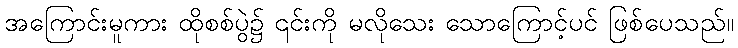
အကြောင်းမူကား ထိုစစ်ပွဲ၌ ၎င်းကို မလိုသေး သောကြောင့်ပင် ဖြစ်ပေသည်။